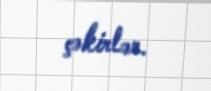
çəkirlər.